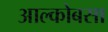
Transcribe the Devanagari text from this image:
आल्कोबसा